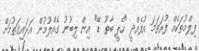
ފިލްމުތަކެއް ފުރަތަމަ އުފެއްދީ "ހެޕީ ބާތު ޑޭ" އިން ލިބުނު ގެއްލުމުން އަރައިގަތުމަށް